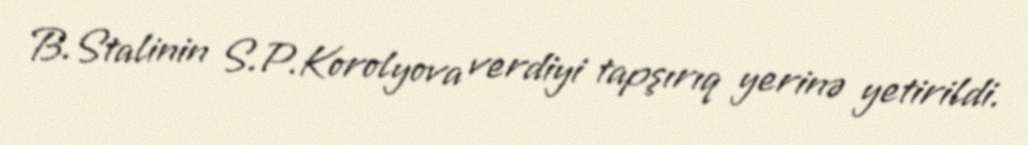
B.Stalinin S.P.Korolyova verdiyi tapşırıq yerinə yetirildi.